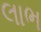
લાભ